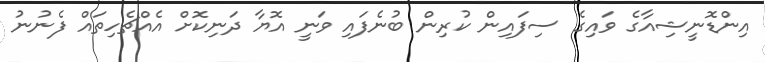
އިންޑޮނީޝިއާގެ ވައިގެ ސިފައިން ކުރިން ބުނެފައި ވަނީ އޮޔާ ދަނިކޮށް އެއްޗެހިތައް ފެނުނު